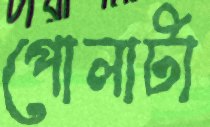
পোলাটা